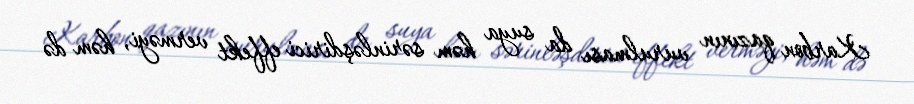
Karbon qazının vurulması da suya həm sərinləşdirici effekt verməyi, həm də